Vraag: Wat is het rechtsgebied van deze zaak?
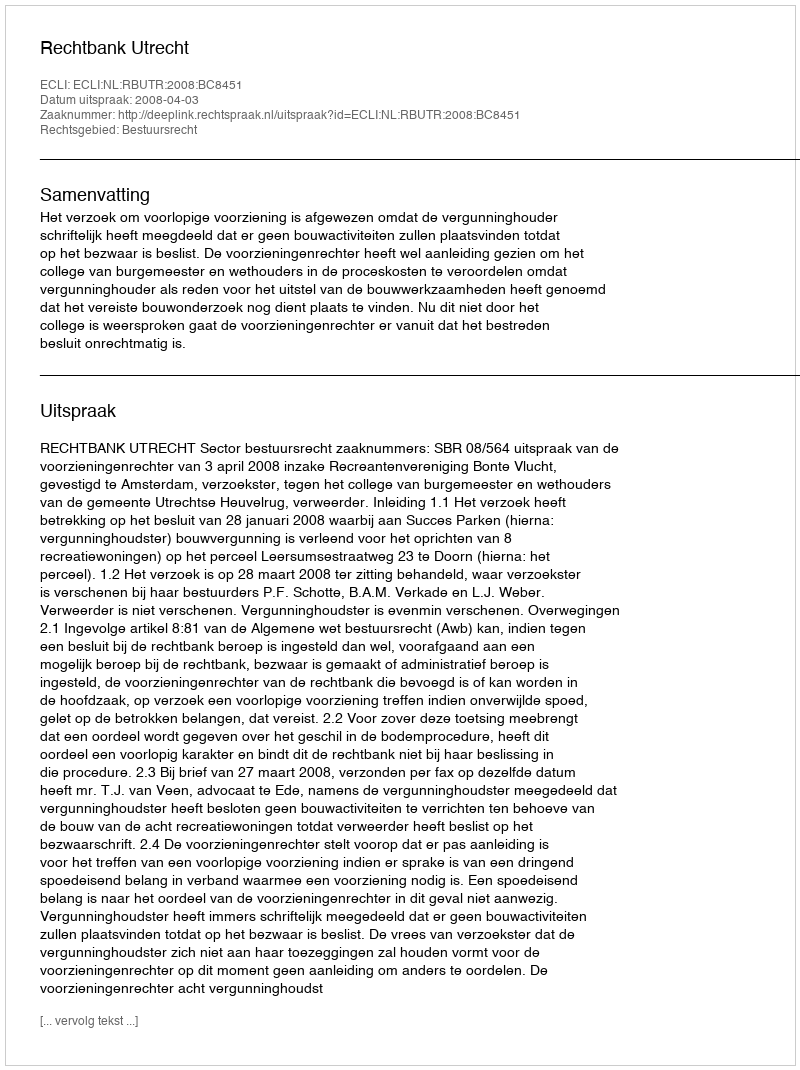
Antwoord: Bestuursrecht